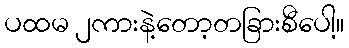
ပထမ ၂ကားနဲ့တော့တခြားစီပေါ့။